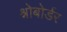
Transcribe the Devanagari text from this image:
श्नोबोर्डर